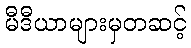
မီဒီယာများမှတဆင့်